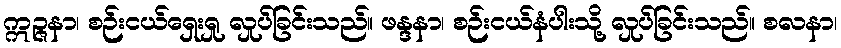
ဣဉ္ဇနာ၊ စဉ်းငယ်ရှေးရှု လှုပ်ခြင်းသည်။ ဖန္ဒနာ၊ စဉ်းငယ်နံပါးသို့ လှုပ်ခြင်းသည်။ စလနာ၊